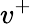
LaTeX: v^{+}